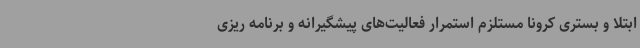
ابتلا و بستری کرونا مستلزم استمرار فعالیت‌های پیشگیرانه و برنامه ریزی